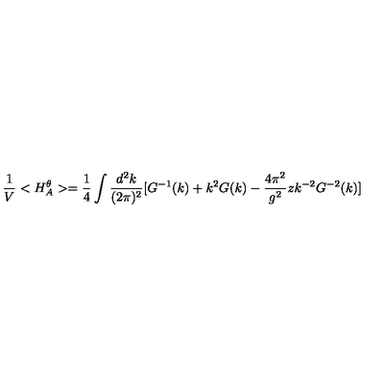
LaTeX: \frac { 1 } { V } < H _ { A } ^ { \theta } > = \frac { 1 } { 4 } \int \frac { d ^ { 2 } k } { ( 2 \pi ) ^ { 2 } } [ G ^ { - 1 } ( k ) + k ^ { 2 } G ( k ) - \frac { 4 \pi ^ { 2 } } { g ^ { 2 } } z k ^ { - 2 } G ^ { - 2 } ( k ) ]